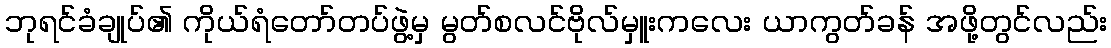
ဘုရင်ခံချုပ်၏ ကိုယ်ရံတော်တပ်ဖွဲ့မှ မွတ်စလင်ဗိုလ်မှူးကလေး ယာကွတ်ခန် အဖို့တွင်လည်း